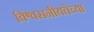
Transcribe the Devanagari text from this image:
विश्वसनीयतेच्या